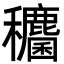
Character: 𮃶